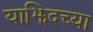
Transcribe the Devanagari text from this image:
याझिदच्या